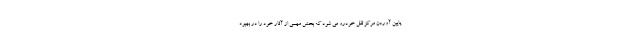
پایین آوردن مرکز ثقل خودرو می شود که بخش مهمی از آثار خود را در بهبود